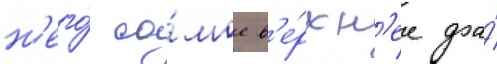
н'его́ са́мое в'е́рхн'ее фа́